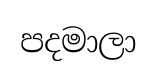
පදමාලා